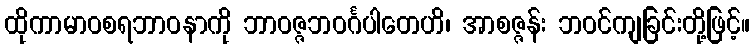
ထိုကာမာဝစရဘာဝနာကို ဘာဝဇ္ဇဘဝင်္ဂပါတေဟိ၊ အာစဇ္ဇန်း ဘဝင်ကျခြင်းတို့ဖြင့်။